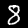
Digit: 8